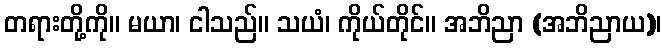
တရားတို့ကို။ မယာ၊ ငါသည်။ သယံ၊ ကိုယ်တိုင်။ အဘိညာ (အဘိညာယ)၊